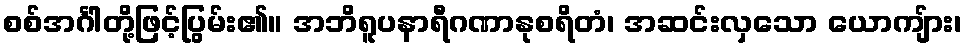
စစ်အင်္ဂါတို့ဖြင့်ပြွမ်း၏။ အဘိရူပနာရီဂဏာနုစရိတံ၊ အဆင်းလှသော ယောကျ်ား၊